Problem: 44 + 13 = ?
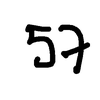
Handwritten answer: 57